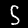
Label: 5